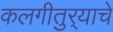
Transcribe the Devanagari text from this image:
कलगीतुर्‍याचे